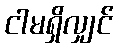
ငါမရှိလျှင်